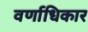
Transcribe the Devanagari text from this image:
वर्णाधिकार